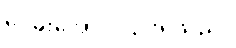
ဝေမိုးအောင် ငြင်းရသည်။